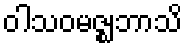
ဝါသဝမဇ္ဈဘာသိ